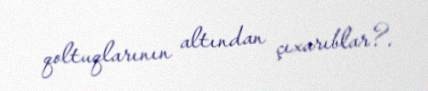
qoltuqlarının altından çıxarıblar?.